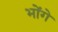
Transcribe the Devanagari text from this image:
भोंगे